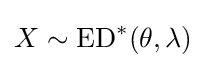
X\sim \mathrm {ED} ^{*}(\theta ,\lambda )